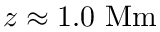
z \approx 1 . 0 \ \mathrm { M m }